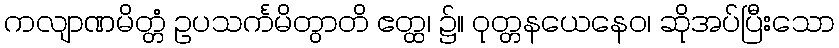
ကလျာဏမိတ္တံ ဥပသင်္ကမိတွာတိ ဧတ္ထ၊ ၌။ ဝုတ္တနယေနေဝ၊ ဆိုအပ်ပြီးသော